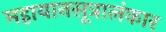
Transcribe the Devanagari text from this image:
महायानसूत्रालंकार